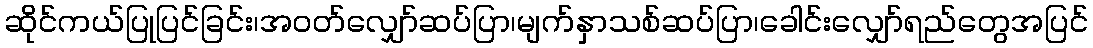
ဆိုင်ကယ်ပြုပြင်ခြင်း၊အဝတ်လျှော်ဆပ်ပြာ၊မျက်နှာသစ်ဆပ်ပြာ၊ခေါင်းလျှော်ရည်တွေအပြင်